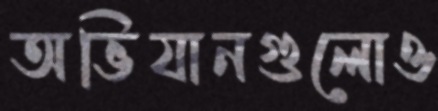
অভিযানগুলোও